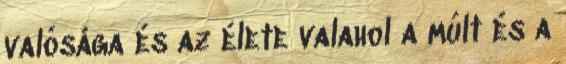
valósága és az élete valahol a múlt és a